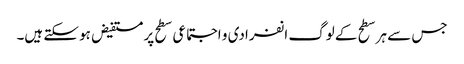
جس سے ہر سطح کے لوگ انفرادی و اجتماعی سطح پر مستفیض ہو سکتے ہیں۔